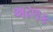
અઢળક